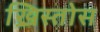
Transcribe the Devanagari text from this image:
ख्रिस्‍तोस